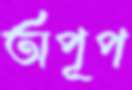
অপূপ